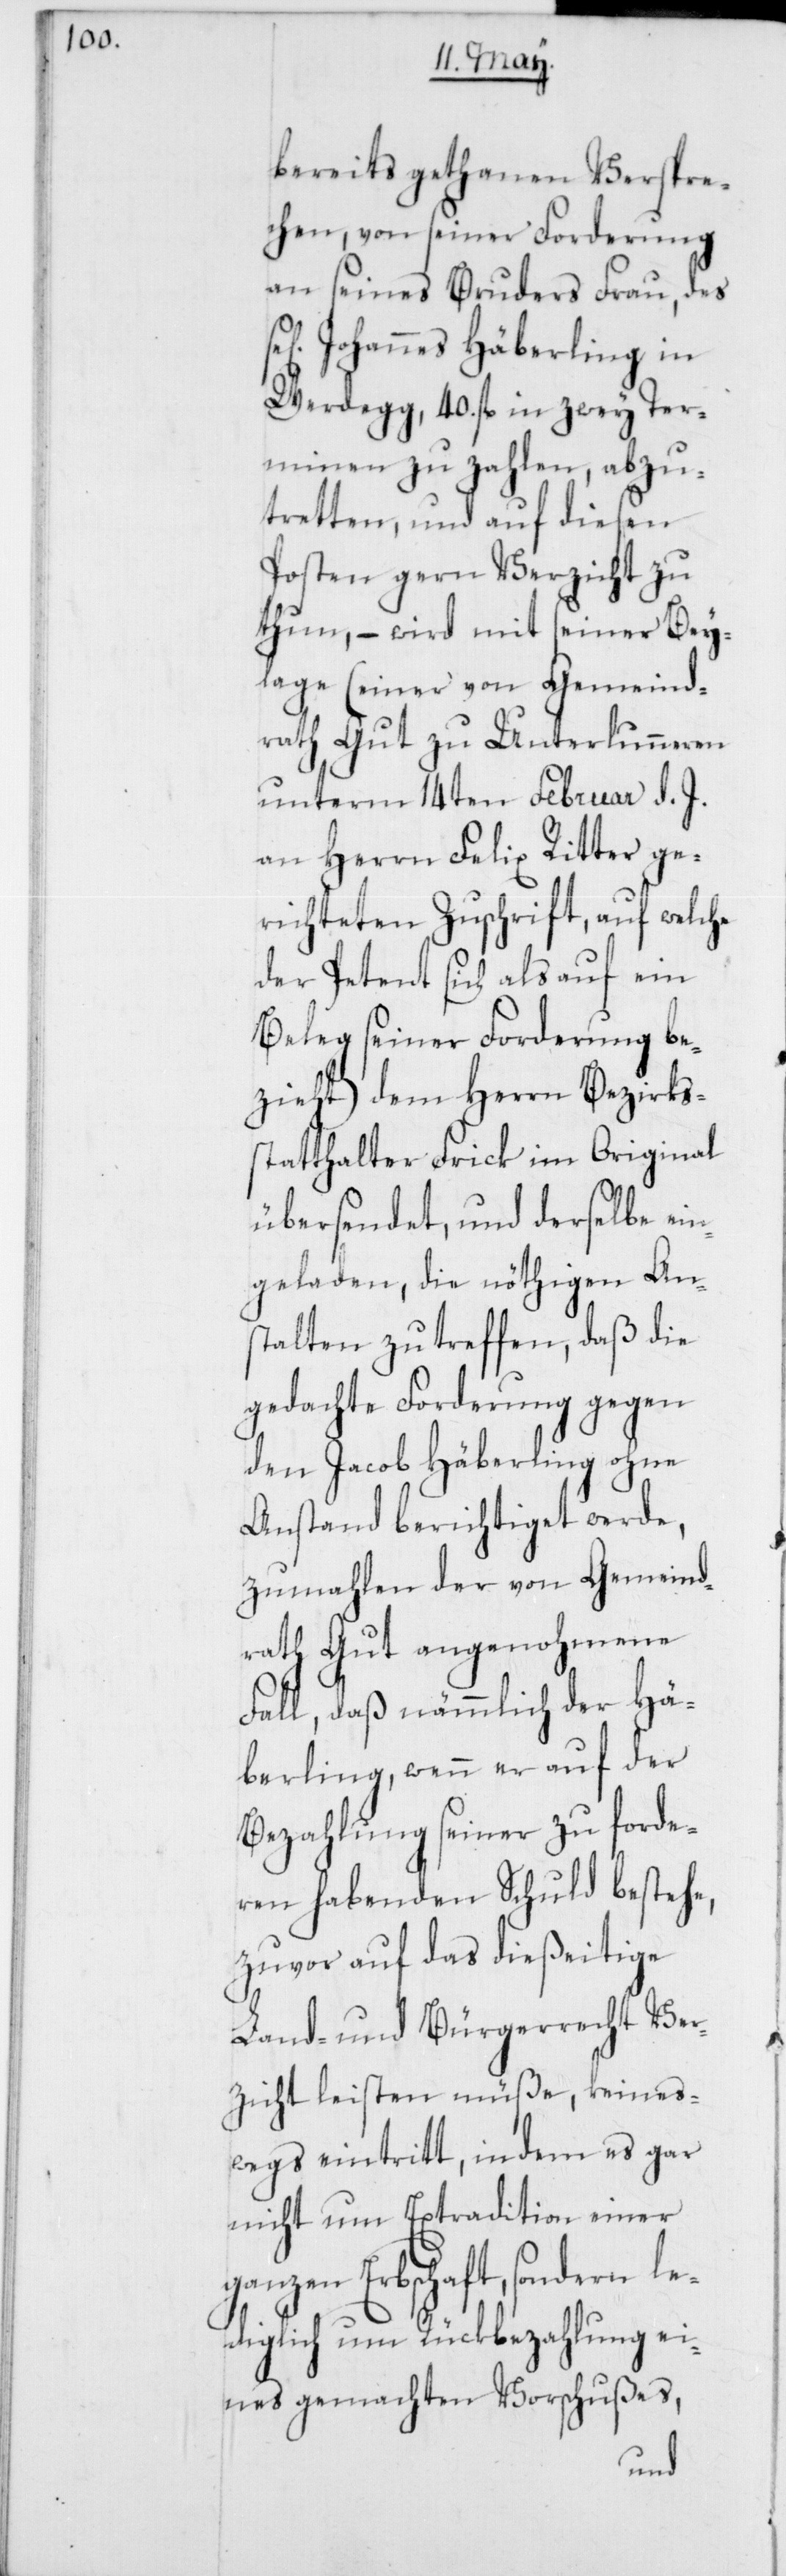
bereits gethanen Verspre¬
chen, von seiner Forderung
an seines Bruders Frau, des
Johannes Häberling in
Werdegg, 40. fl. in zwey Ter¬
minen zu zahlen, abzu¬
tretten, und auf diesen
Posten gern Verzicht zu
thun, – wird mit seiner Bey¬
lage (einer von Gemeind¬
rath Gut zu Unterlunneren
unterm 14ten Februar d. J.
an Herrn Felix Ritter ge¬
richteten Zuschrift, auf welche
der Petent sich als auf ein
Beleg seiner Forderung be¬
zieht) dem Herrn Bezirks¬
statthalter Frick im Original
übersendet, und derselbe ein¬
geladen, die nöthigen An¬
stalten zu treffen, daß die
gedachte Forderung gegen
den Jacob Häberling ohne
Anstand berichtiget werde,
zumahlen der von Gemeind¬
rath Gut angenohmene
Fall, daß nämmlich der Hä¬
berling, wenn er auf der
Bezahlung seiner zu forde¬
ren habenden Schuld bestehe,
zuvor auf das dießeitige
Land- und Bürgerrecht Ver¬
zicht leisten müße, keines¬
wegs eintritt, indem es gar
nicht um Extradition einer g¬
anzen Erbschaft, sondern l¬
ediglich um Rückbezahlung ei¬
nes gemachten Vorschußes,